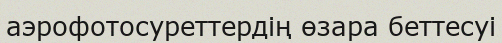
аэрофотосуреттердің өзара беттесуі